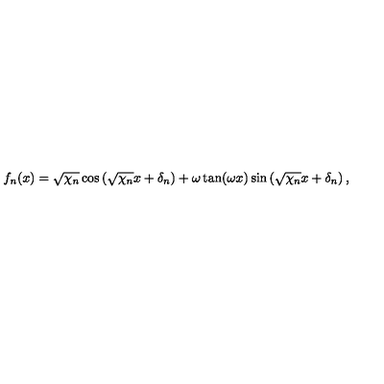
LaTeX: f _ { n } ( x ) = \sqrt { \chi _ { n } } \cos \left( \sqrt { \chi _ { n } } x + \delta _ { n } \right) + \omega \tan ( \omega x ) \sin \left( \sqrt { \chi _ { n } } x + \delta _ { n } \right) ,